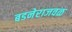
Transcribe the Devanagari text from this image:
बडनेराजवळ